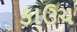
કાઉચ